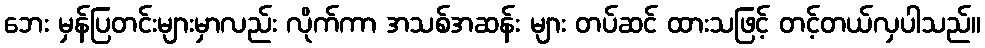
ဘေး မှန်ပြတင်းများမှာလည်း လိုက်ကာ အသစ်အဆန်း များ တပ်ဆင် ထားသဖြင့် တင့်တယ်လှပါသည်။